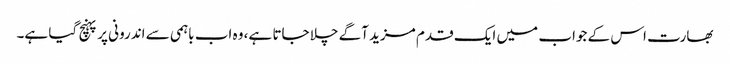
بھارت اس کے جواب میں ایک قدم مزید آگے چلا جاتا ہے، وہ اب باہمی سے اندرونی پر پہنچ گیا ہے۔